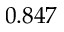
0 . 8 4 7